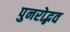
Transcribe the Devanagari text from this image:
पुनरोद्भव